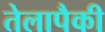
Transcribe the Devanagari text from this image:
तेलापैकी